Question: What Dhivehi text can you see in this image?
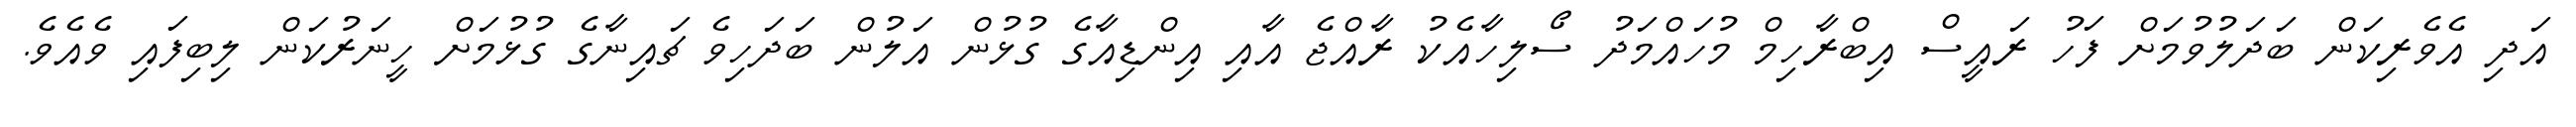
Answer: އަދި އެވެރިކަން ބަދަލުވުމަށް ފަހު ރައީސް އިބްރާހިމް މުހައްމަދު ސޯލިހާއެކު ރާއްޖެ އާއި އިންޑިއާގެ ގުޅުން އަލުން ބަދަހިވެ ޗައިނާގެ ގުޅުމަށް ހީނަރުކަން ލިބިފައި ވެއެވެ.